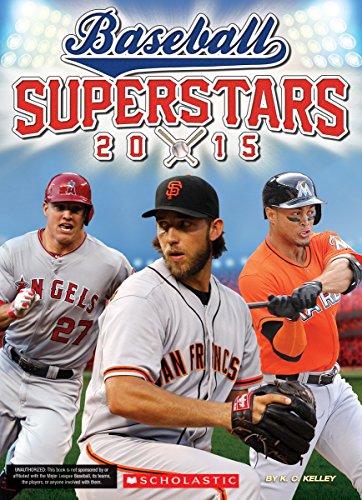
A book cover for Baseball Superstars 2015; K.C. Kelley; Children's Books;